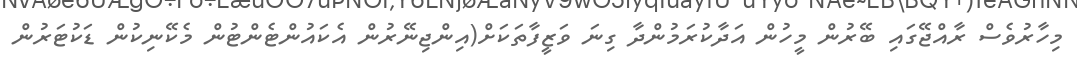
މިހާރުވެސް ރާއްޖޭގައި ބޭރުން މީހުން އަދާކުރަމުންދާ ގިނަ ވަޒީފާތަކަށް(އިންޖިނޭރުން އެކައުންޓެންޓުން މެކޭނިކުން ޑަކުޓަރުން